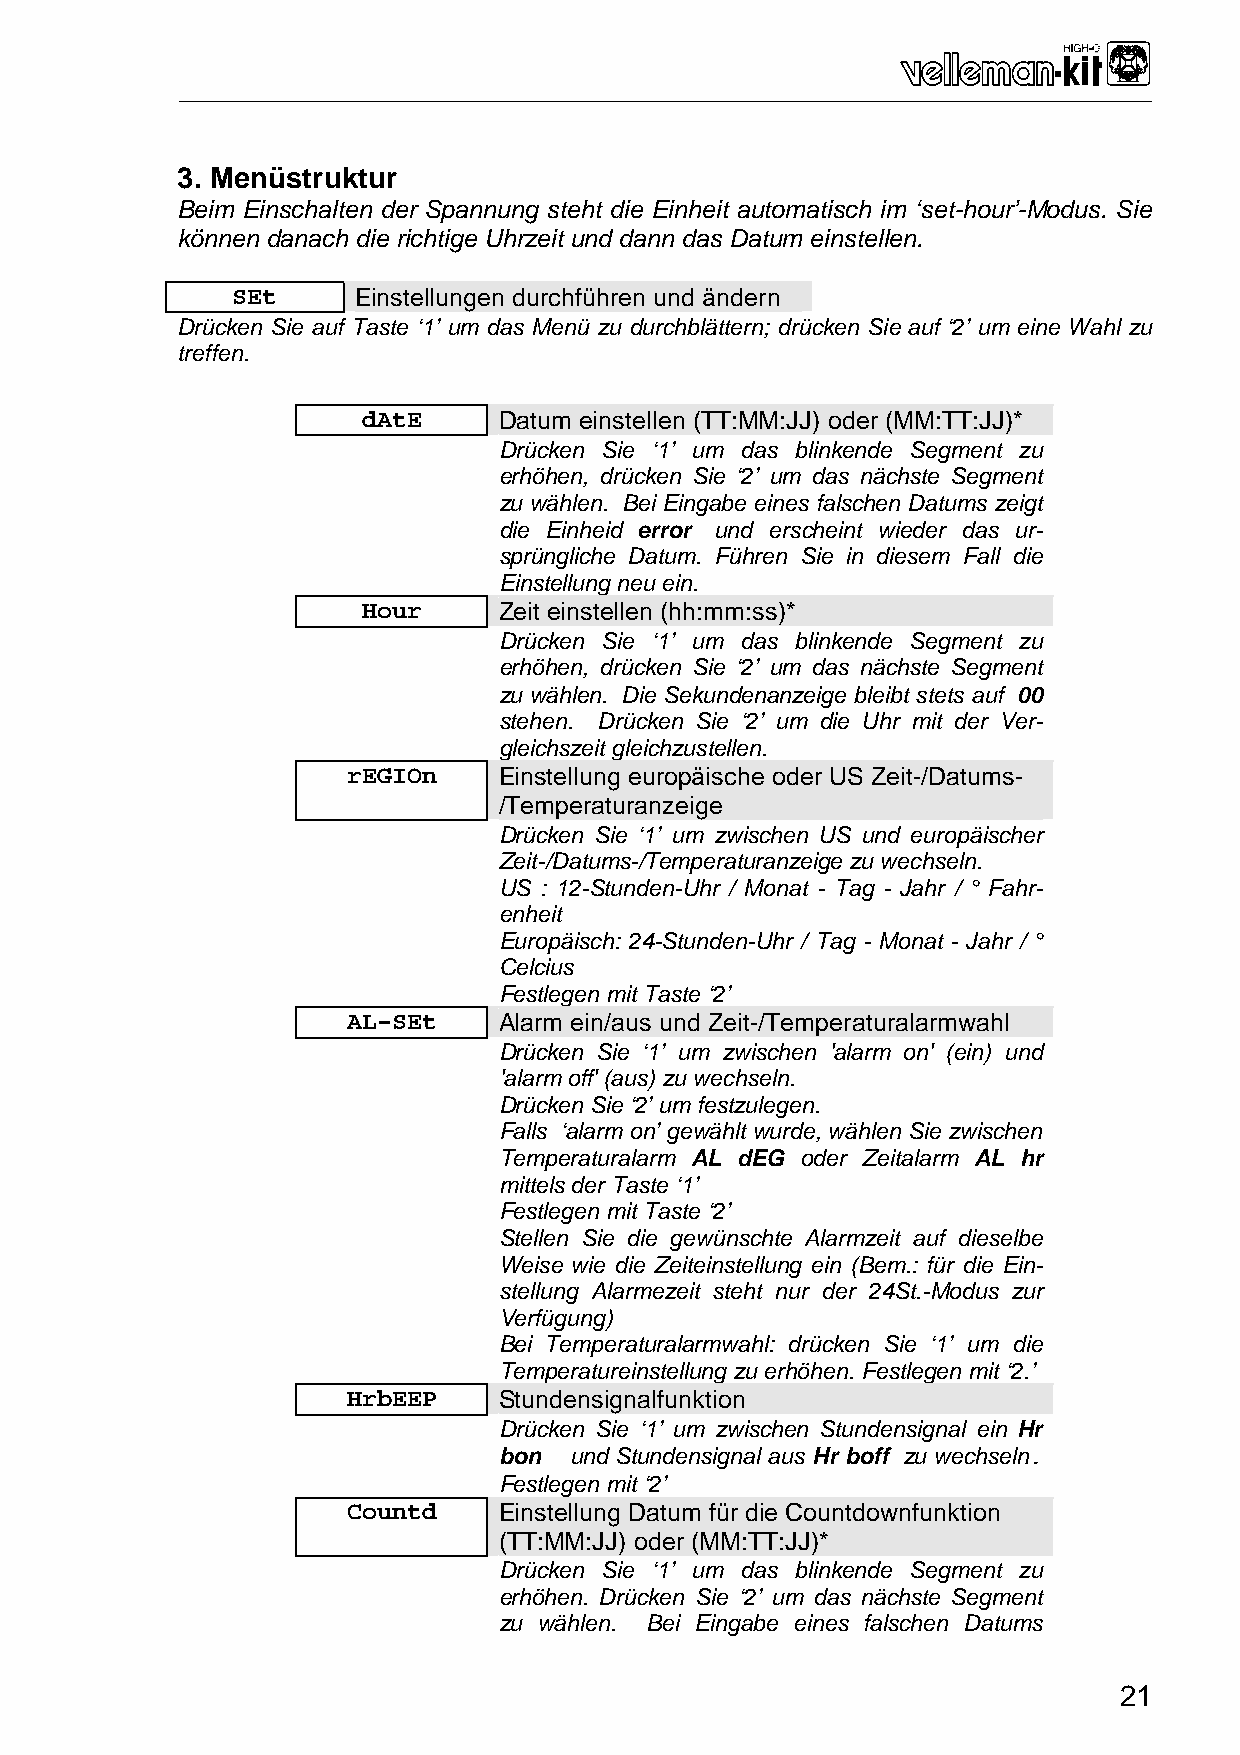
___________________________________________________________________________________________________________________________________________
 3. Menüstruktur
 Beim Einschalten der Spannung steht die Einheit automatisch im ‘set-hour’-Modus. Sie
 können danach die richtige Uhrzeit und dann das Datum einstellen.
 SEt     Einstellungen durchführen und ändern
 Drücken Sie auf Taste ‘1’ um das Menü zu durchblättern; drücken Sie auf ‘2’ um eine Wahl zu
 treffen.
 dAtE     Datum einstellen (TT:MM:JJ) oder (MM:TT:JJ)*
 Drücken Sie ‘1’ um das blinkende Segment zu
 erhöhen, drücken Sie ‘2’ um das nächste Segment
 zu wählen. Bei Eingabe eines falschen Datums zeigt
 die Einheid error und erscheint wieder das ur-
 sprüngliche Datum. Führen Sie in diesem Fall die
 Einstellung neu ein.
 Hour     Zeit einstellen (hh:mm:ss)*
 Drücken Sie ‘1’ um das blinkende Segment zu
 erhöhen, drücken Sie ‘2’ um das nächste Segment
 zu wählen. Die Sekundenanzeige bleibt stets auf 00
 stehen. Drücken Sie ‘2’ um die Uhr mit der Ver-
 gleichszeit gleichzustellen.
 rEGIOn    Einstellung europäische oder US Zeit-/Datums-
 /Temperaturanzeige
 Drücken Sie ‘1’ um zwischen US und europäischer
 Zeit-/Datums-/Temperaturanzeige zu wechseln.
 US : 12-Stunden-Uhr / Monat - Tag - Jahr / ° Fahr-
 enheit
 Europäisch: 24-Stunden-Uhr / Tag - Monat - Jahr / °
 Celcius
 Festlegen mit Taste ‘2’
 AL-SEt    Alarm ein/aus und Zeit-/Temperaturalarmwahl
 Drücken Sie ‘1’ um zwischen 'alarm on' (ein) und
 'alarm off' (aus) zu wechseln.
 Drücken Sie ‘2’ um festzulegen.
 Falls ‘alarm on’ gewählt wurde, wählen Sie zwischen
 Temperaturalarm AL dEG oder Zeitalarm AL hr
 mittels der Taste ‘1’
 Festlegen mit Taste ‘2’
 Stellen Sie die gewünschte Alarmzeit auf dieselbe
 Weise wie die Zeiteinstellung ein (Bem.: für die Ein-
 stellung Alarmezeit steht nur der 24St.-Modus zur
 Verfügung)
 Bei Temperaturalarmwahl: drücken Sie ‘1’ um die
 Temperatureinstellung zu erhöhen. Festlegen mit ‘2.’
 HrbEEP    Stundensignalfunktion
 Drücken Sie ‘1’ um zwischen Stundensignal ein Hr
 bon  und Stundensignal aus Hr boff zu wechseln.
 Festlegen mit ‘2’
 Countd    Einstellung Datum für die Countdownfunktion
 (TT:MM:JJ) oder (MM:TT:JJ)*
 Drücken Sie ‘1’ um das blinkende Segment zu
 erhöhen. Drücken Sie ‘2’ um das nächste Segment
 zu wählen. Bei Eingabe eines falschen Datums
 21